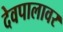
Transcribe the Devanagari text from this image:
देवपालावर